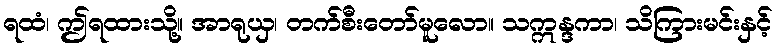
ရထံ၊ ဤရထားသို့။ အာရုယှ၊ တက်စီးတော်မူလော။ သဣန္ဒကာ၊ သိကြားမင်းနှင့်